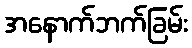
အနောက်ဘက်ခြမ်း